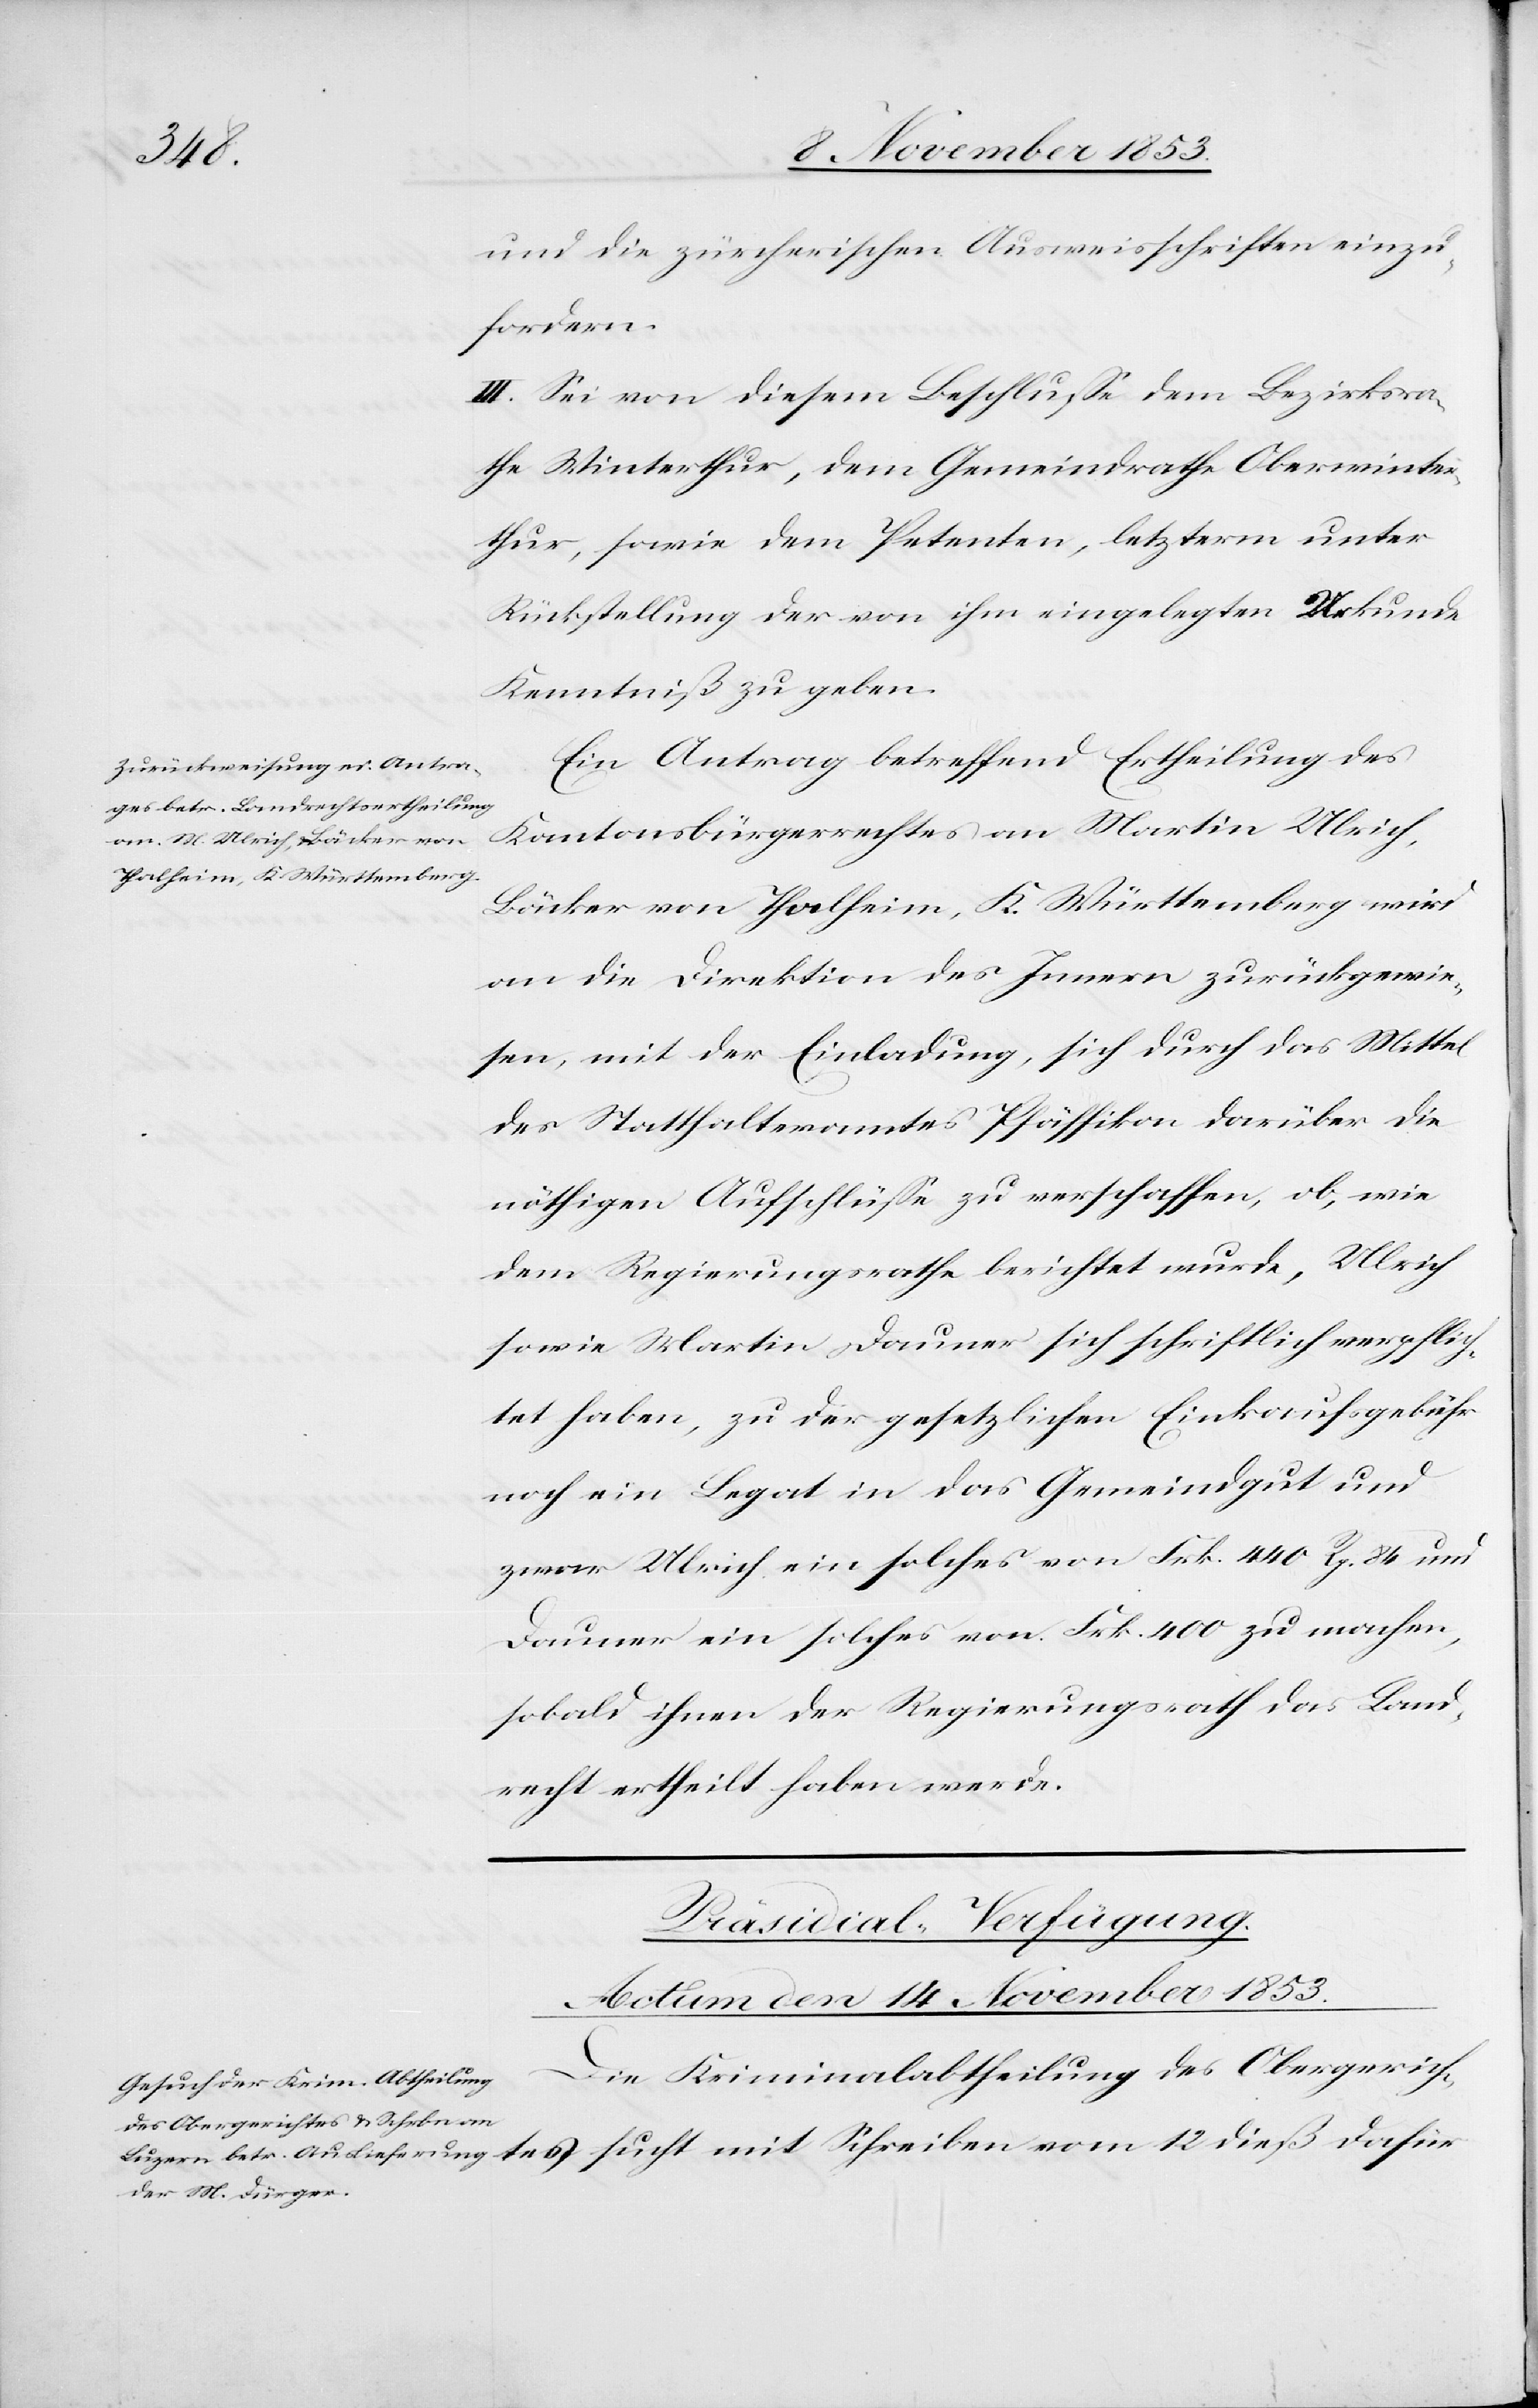
und die zürcherschen Ausweisschriften einzu¬
fordern.
III. Sei von diesem Beschluße dem Bezirksra¬
the Winterthur, dem Gemeindrathe Oberwinter¬
thur, sowie dem Petenten, letzterm unter
Rückstellung der von ihm eingelegten Urkunde
Kenntniß zu geben.
Ein Antrag betreffend Ertheilung des
Kantonsbürgerrechtes an Martin Ulrich,
Bäcker von Thalheim, K. Württemberg wird
an die Direktion des Innern zurückgewie¬
sen, mit der Einladung, sich durch das Mittel
des Statthalteramtes Pfäffikon darüber die
nöthigen Aufschlüße zu verschaffen, ob, wie
dem Regierungsrathe berichtet wurde, Ulrich
sowie Martin Dauner sich schriftlich verpflich¬
tet haben, zu der gesetzlichen Einkaufsgebühr
noch ein Legat in das Gemeindsgut und
zwar Ulrich ein solches von Frk. 440 Rp. 84 und
Dauer ein solches von Frk. 400 zu machen,
sobald ihnen der Regierungsrath das Land¬
recht ertheilt haben werde.
Präsidial-Verfügung.
Actum den 14 November 1853.
Die Kriminalabtheilung des Obergerichtes